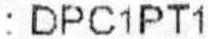
: DPC1PT1